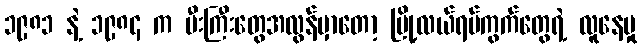
၁၉၈၁ နဲ့ ၁၉၈၄ က မီးကြီးတွေအလွန်မှာတော့ မြို့လယ်ရပ်ကွက်တွေရဲ့ လူနေမှု